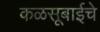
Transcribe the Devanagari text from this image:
कळसूबाईचे